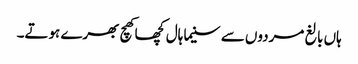
ہاں بالغ مردوں سے سنیما ہال کچھا کھچ بھرے ہوتے۔